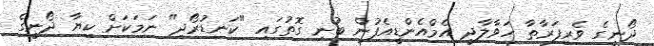
ދޯނީގެ ވެރިފަރާތާ ހަވާލާދީ އެމްއެންޑީއެފުން ބުނި ގޮތުގައި "ކަނޑުރޯދި" ނަމަކަށް ކިޔާ ދޯނީގެ